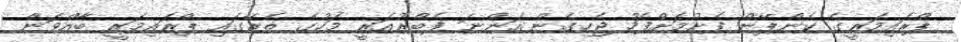
ޕްރައިމަރީގެ ކެންޕޭން ފެށުމަށްފަހު ޖެހިގެން އަންނަ ފެބްރުއަރީ މަހުގެ ތެރޭގައި ޕްރައިމަރީ ބާއްވަން